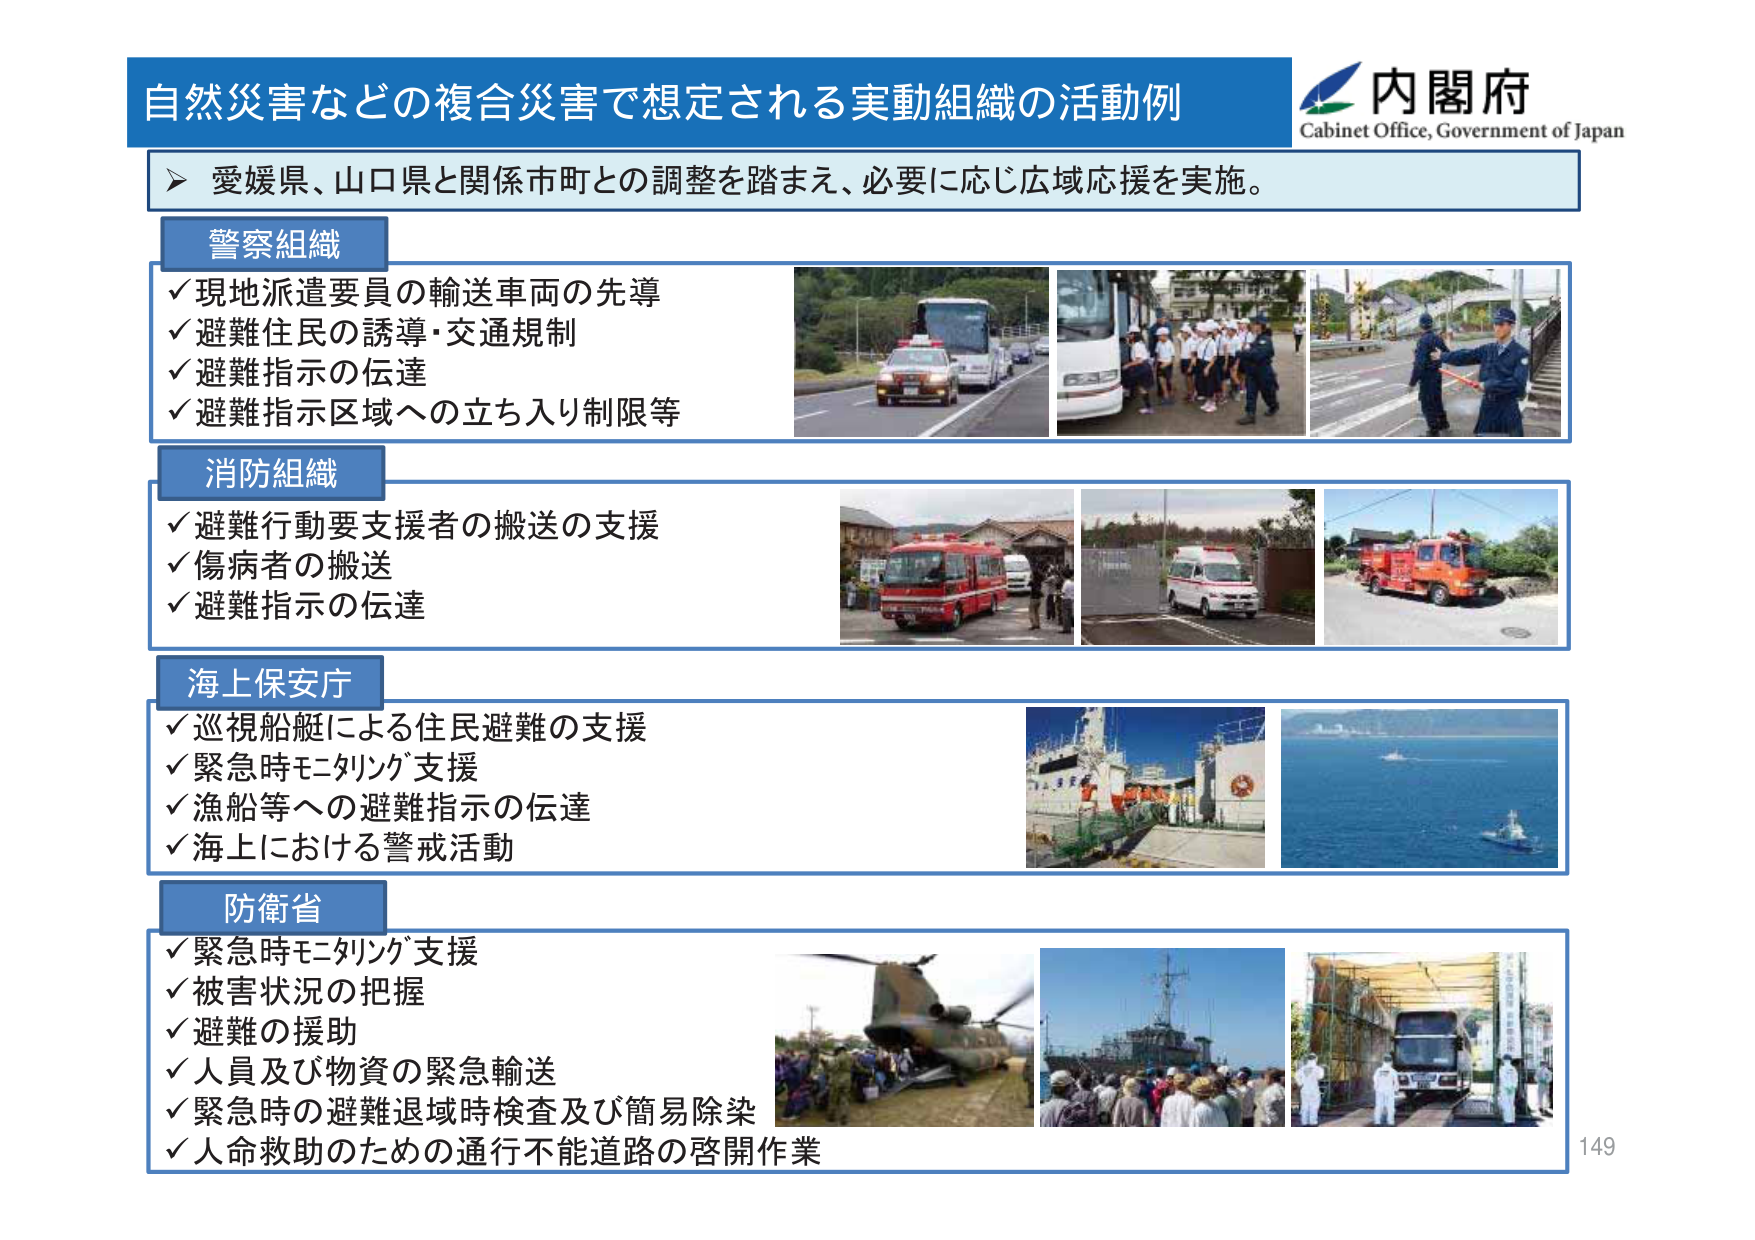
自然災害などの複合災害で想定される実動組織の活動例
内閣府
Cabinet Office, Government of Japan
愛媛県、山口県と関係市町との調整を踏まえ、必要に応じ広域応援を実施。
警察組織
✓ 現地派遣要員の輸送車両の先導
✓ 避難住民の誘導・交通規制
✓ 避難指示の伝達
✓ 避難指示区域への立ち入り制限等
消防組織
✓ 避難行動要支援者の搬送の支援
✓ 傷病者の搬送
✓ 避難指示の伝達
海上保安庁
✓ 巡視船艇による住民避難の支援
✓ 緊急時モニタリング支援
✓ 漁船等への避難指示の伝達
✓ 海上における警戒活動
防衛省
✓ 緊急時モニタリング支援
✓ 被害状況の把握
✓ 避難の援助
✓ 人員及び物資の緊急輸送
✓ 緊急時の避難退域時検査及び簡易除染
✓ 人命救助のための通行不能道路の啓開作業
149